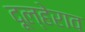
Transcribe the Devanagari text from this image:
दूल्हेराव